Rangoon Lunatic Asylum 1893-1897 - 1893-1897
Year: 1893
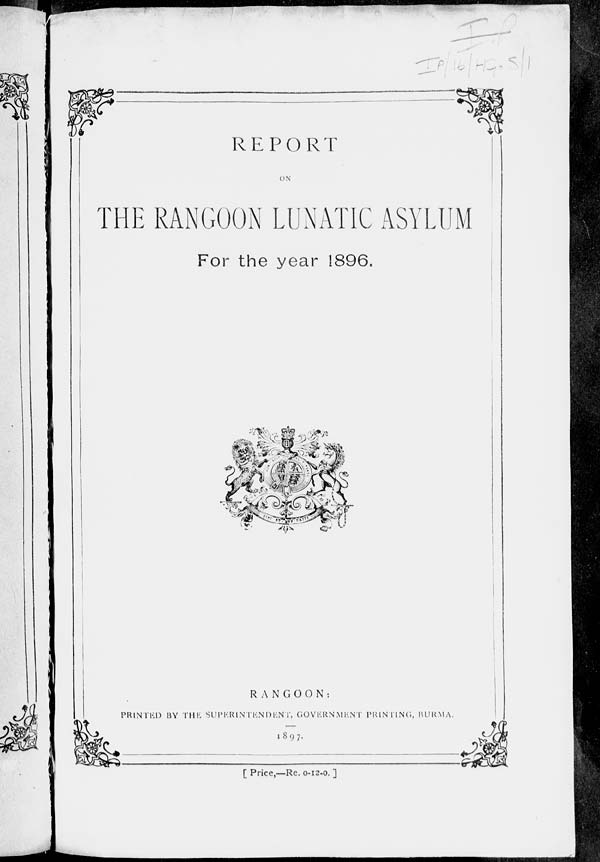
REPORT
ON
THE RANGOON LUNATIC ASYLUM
For the year 1896.
RANGOON:
PRINTED BY THE SUPERINTENDENT, GOVERNMENT PRINTING, BURMA.
1897.
[ Price,—Re. 0-12-0. ]